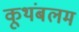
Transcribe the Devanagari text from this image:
कूथंबलम